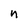
Character: n